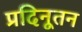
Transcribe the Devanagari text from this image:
प्रदिनूतन